Report of the Hyderabad Chloroform Commission
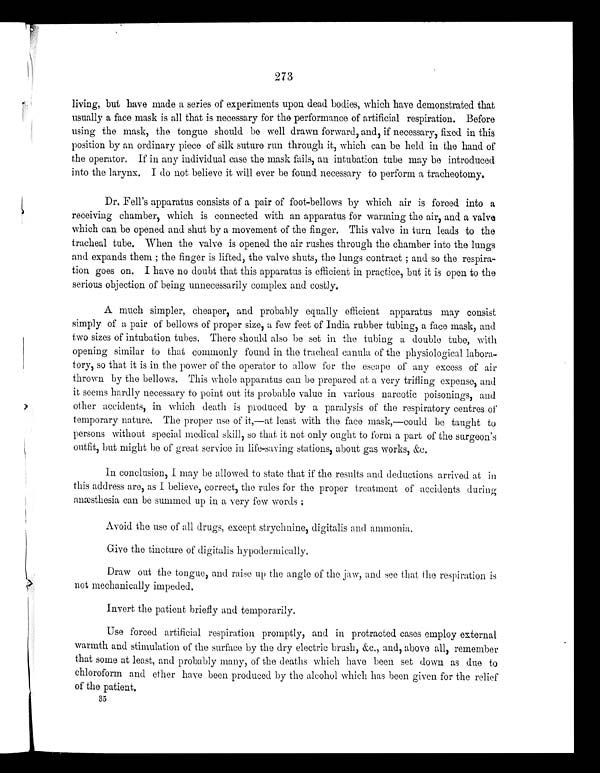
273
living, but have made a series of experiments upon dead bodies, which have demonstrated that
usually a face mask is all that is necessary for the performance of artificial respiration. Before
using the mask, the tongue should be well drawn forward, and, if necessary, fixed in this
position by an ordinary piece of silk suture run through it, which can be held in the hand of
the operator. If in any individual case the mask fails, an intubation tube may be introduced
i n t o t h e l a r y n x . I d o n o t b e l i e v e i t wi l l e v e r b e f o u n d n e c e s s a r y t o p e r f o r m a t r a c h e o t o my .
Dr. Fell's apparatus consists of a pair of foot-bellows by which air is forced into a
receiving chamber, which is connected with an apparatus for warming the air, and a valve
which can be opened and shut by a movement of the finger. This valve in turn leads to the
tracheal tube. When the valve is opened the air rushes through the chamber into the lungs
and expands them; the finger is lifted, the valve shuts, the lungs contract; and so the respira
-tion goes on. I have no doubt that this apparatus is efficient in practice, but it is open to the
serious objection of being unnecessarily complex and costly.
A much simpler, cheaper, and probably equally efficient apparatus may consist
simply of a pair of bellows of proper size, a few feet of India rubber tubing, a face mask, and
two sizes of intubation tubes. There should also be set in the tubing a double tube, with
opening similar to that commonly found in the tracheal canula of the physiological labora
-tory, so that it is in the power of the operator to allow for the escape of any excess of air
thrown by the bellows. This whole apparatus can be prepared at a very trifling expense, and
it seems hardly necessary to point out its probable value in various narcotic poisonings, and
other accidents, in which death is produced by a paralysis of the respiratory centres of
temporary nature. The proper use of it,—at least with the face mask,—could be taught to
persons without special medical skill, so that it not only ought to form a part of the surgeon's
outfit, but might be of great service in life-saving stations, about gas works, &c.
In conclusion, I may be allowed to state that if the results and deductions arrived at in
this address are, as I believe, correct, the rules for the proper treatment of accidents during
anæsthesia can be summed up in a very few words:
Avoid the use of all drugs, except strychnine, digitalis and ammonia.
Give the tincture of digitalis hypodermically.
Draw out the tongue, and raise up the angle of the jaw, and see that the respiration is
not mechanically impeded.
Invert the patient briefly and temporarily.
Use forced artificial respiration promptly, and in protracted cases employ external
warmth and stimulation of the surface by the dry electric brush, &c., and, above all, remember
that some at least, and probably many, of the deaths which have been set down as due to
chloroform and ether have been produced by the alcohol which has been given for the relief
of the patient.
35